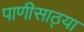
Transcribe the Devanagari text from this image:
पाणीसाठ्या